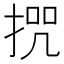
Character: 𭡒